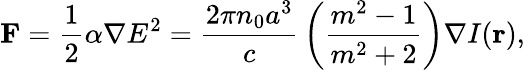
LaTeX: \mathbf{F}={\frac{1}{2}}\alpha\nabla E^{2}={\frac{2\pi n_{0}a^{3}}{c}}\left({\frac{m^{2}-1}{m^{2}+2}}\right)\nabla I(\mathbf{r}),